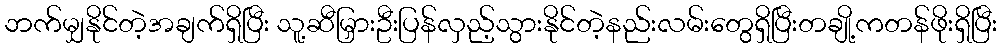
ဘက်မျှနိုင်တဲ့အချက်ရှိပြီး သူ့ဆီမြှားဦးပြန်လှည့်သွားနိုင်တဲ့နည်းလမ်းတွေရှိပြီးတချို့ကတန်ဖိုးရှိပြီး